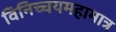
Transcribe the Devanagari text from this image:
विनिच्चयमहामात्र